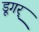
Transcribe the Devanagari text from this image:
डूगर्